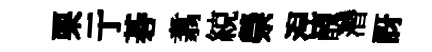
栗亍碁翥綂禜湼醜濳訝